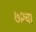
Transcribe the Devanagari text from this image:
७२चा